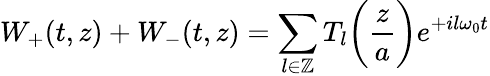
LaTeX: W_{+}(t,z)+W_{-}(t,z)=\sum_{l\in\mathbb{Z}}T_{l}\bigg(\frac{z}{a}\bigg)e^{+il\omega_{0}t}